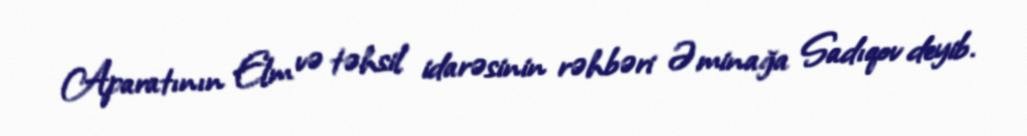
Aparatının Elm və təhsil idarəsinin rəhbəri Əminağa Sadıqov deyib.